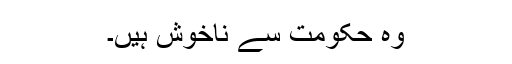
وہ حکومت سے ناخوش ہیں۔